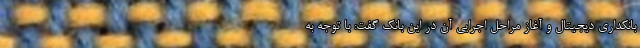
بانکداری دیجیتال و آغاز مراحل اجرایی آن در این بانک گفت: با توجه به